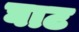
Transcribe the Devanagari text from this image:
घाट